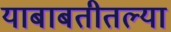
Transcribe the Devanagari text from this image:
याबाबतीतल्या